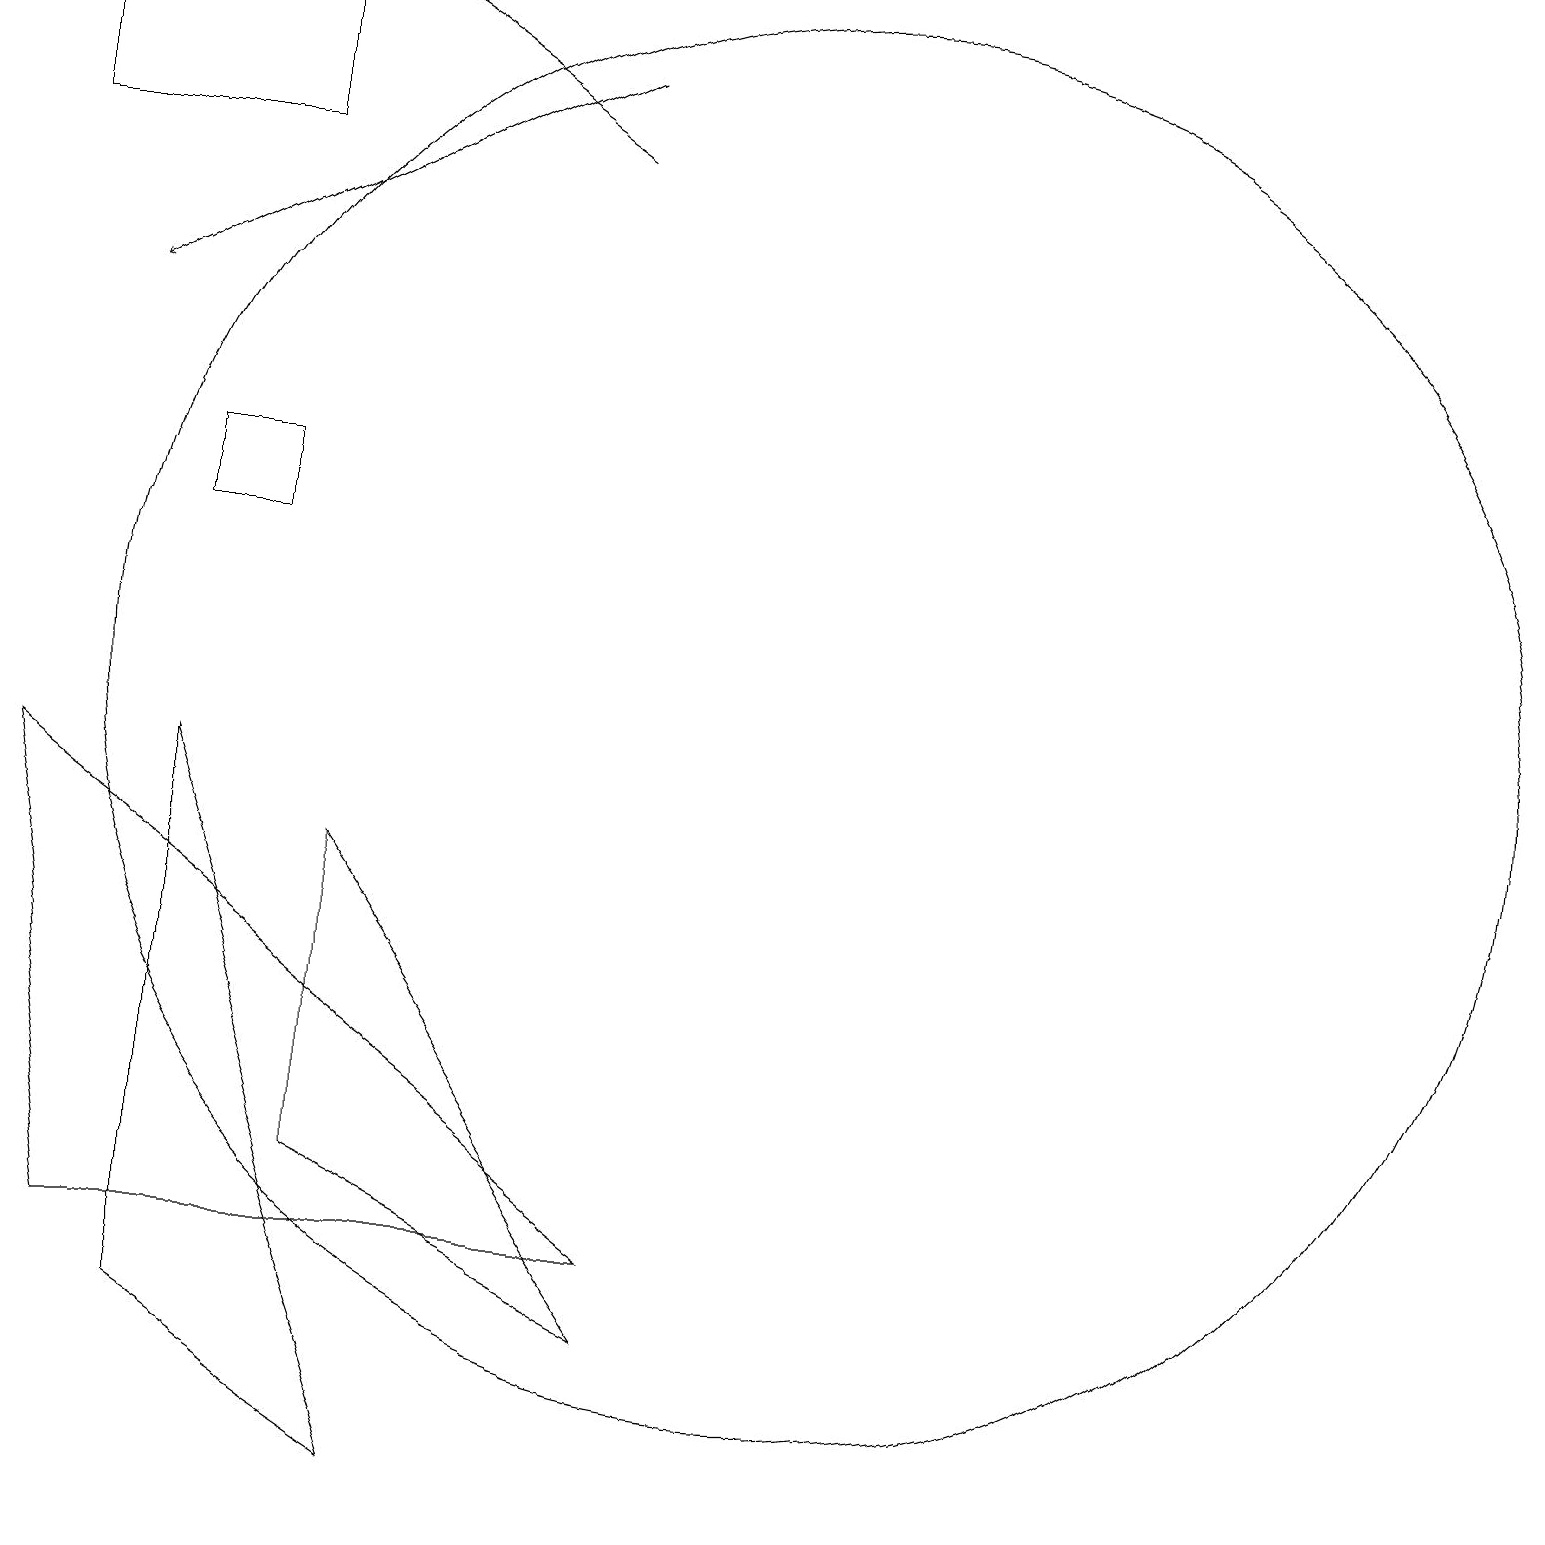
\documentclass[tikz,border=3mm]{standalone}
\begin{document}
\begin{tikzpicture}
\draw (3,2) -- (3,9) -- (6,0) -- cycle;
\draw (5,4) -- (9,2) -- (5,8) -- cycle;
\draw[->] (8,17) -- (5,19);
\draw[->] (8,18) -- (2,15);
\draw (11,10) circle (9);
\draw (1,17) rectangle (4,19);
\draw (9,3) -- (2,3) -- (1,9) -- cycle;
\draw (4,13) rectangle (3,12);
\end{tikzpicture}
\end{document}